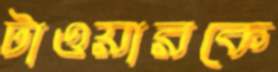
টাওয়ারকে